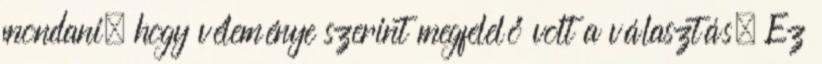
mondani, hogy véleménye szerint megfelelő volt a választás. Ez